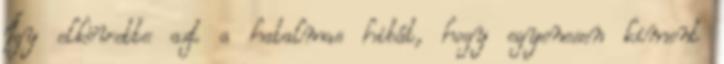
Így elkövette azt a hatalmas hibát, hogy egyenesen kiment